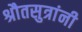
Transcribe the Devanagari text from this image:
श्रौतसुत्रांनी